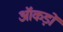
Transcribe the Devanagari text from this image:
ऑकड़ों